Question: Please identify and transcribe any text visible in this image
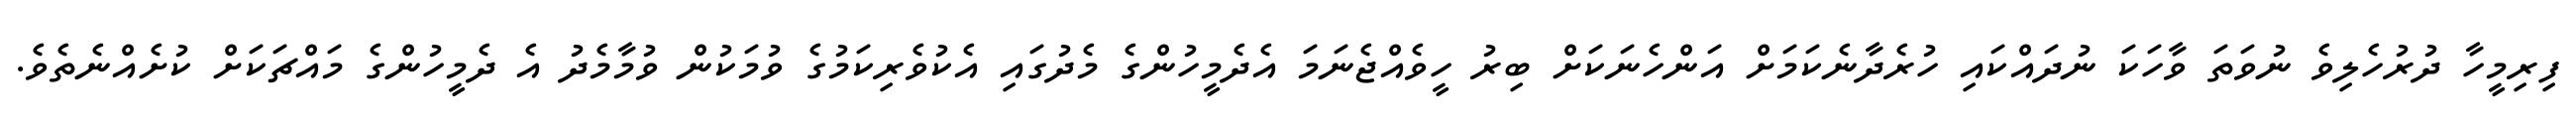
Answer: ފިރިމީހާ ދުރުހެލިވެ ނުވަތަ ވާހަކަ ނުދައްކައި ހުރެދާނެކަމަށް އަންހެނަކަށް ބިރު ހީވެއްޖެނަމަ އެދެމީހުންގެ މެދުގައި އެކުވެރިކަމުގެ ވުމަކުން ވުމާމެދު އެ ދެމީހުންގެ މައްޗަކަށް ކުށެއްނެތެވެ.